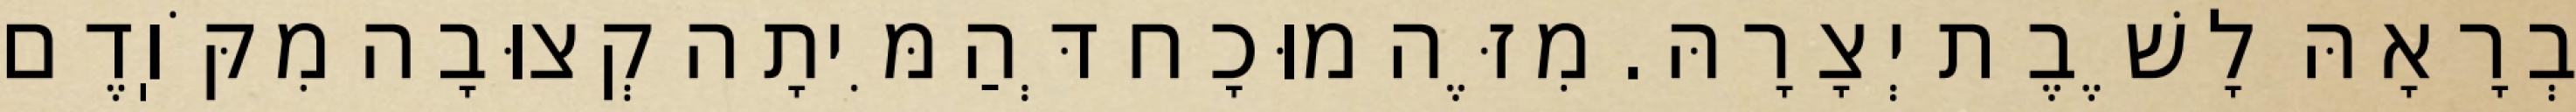
בְרָאָהּ לָשֶׁבֶת יְצָרָהּ. מִזֶּה מוּכָח דְּהַמִּיתָה קְצוּבָה מִקֹּוֽדֶם